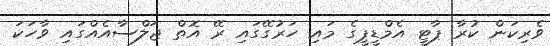
ވެރިކަން ކުރާ ޕާޓީ އެމްޑީޕީގެ މައި ހަރުގޭގައި ރޭ އޮތް ޖަލްސާއެއްގައި ވާހަކަ